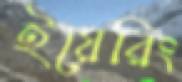
ইয়েরিং